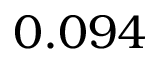
0 . 0 9 4